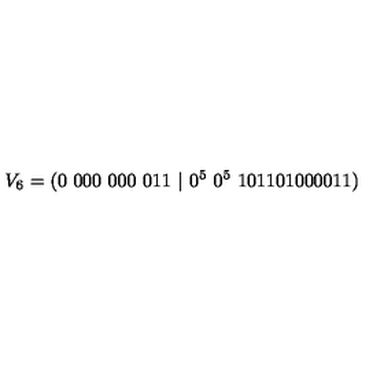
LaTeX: V _ { 6 } = ( 0 \ 0 0 0 \ 0 0 0 \ 0 1 1 \ | \ 0 ^ { 5 } \ 0 ^ { 5 } \ 1 0 1 1 0 1 0 0 0 0 1 1 )